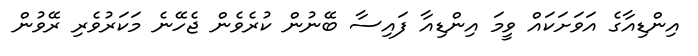
އިންޑިއާގެ އަވަށަކައް ވީމަ އިންޑިއާ ފައިސާ ބޭނުން ކުރެވެން ޖެހޭނެ މަކަރުވެރި ރޭވުން